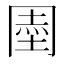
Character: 𭁱